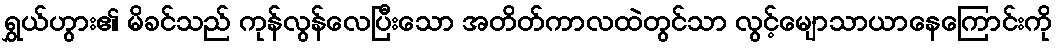
ရွှယ်ဟွား၏ မိခင်သည် ကုန်လွန်လေပြီးသော အတိတ်ကာလထဲတွင်သာ လွင့်မျောသာယာနေကြောင်းကို